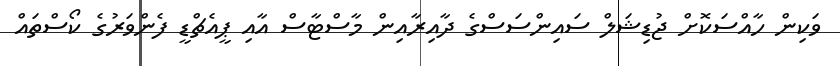
ވަކިން ހާއްސަކޮށް ޖުޑިޝަލް ސައިންސަސްގެ ދާއިރާއިން މާސްޓާސް އާއި ޕީއެޗްޑީ ފެންވަރުގެ ކޯސްތައް